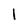
Character: 1